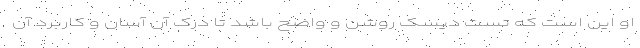
او این است که تست دیسک روشن و واضح باشد تا درک آن آسان و کاربرد آن